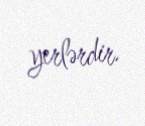
yerlərdir.